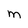
Character: m